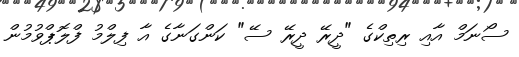
ސޯނަމް އާއި ރިތިކްގެ "ދީރޭ ދީރޭ ސޭ" ކަންގަނާގެ އާ ފިލްމު ފްލޮޕްވުމުން